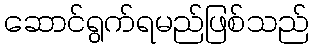
ဆောင်ရွက်ရမည်ဖြစ်သည်